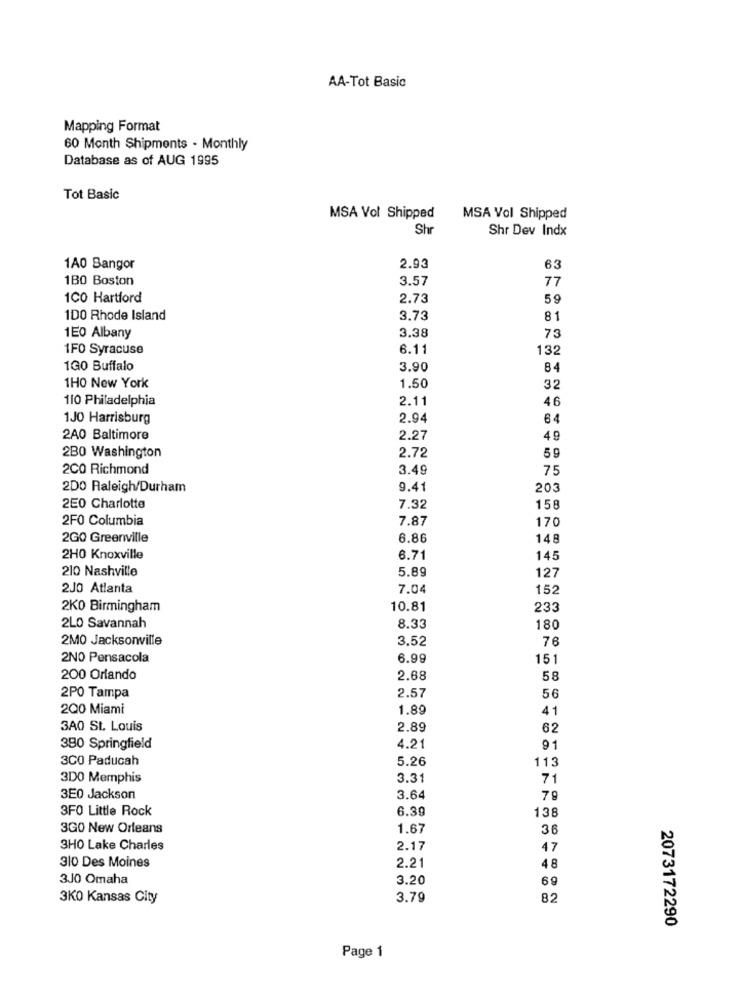
AA-Tot Basic
Mapping Format
60 Month Shipments - Monthly
Database as of AUG 1995
Tot Basic
MSA Vol Shipped
MSA Vol Shipped
Shr
Shr Dev Indx
1A0 Bangor
2.93
63
1BO Boston
3.57
77
1CO Hartford
2.73
59
100 Rhode Island
3.73
81
1E0 Albany
3.38
73
1F0 Syracuse
6.11
132
1GO Buffalo
3.90
84
1H0 New York
1.50
32
110 Philadelphia
2.11
46
1JO Harrisburg
2.94
64
2A0 Baltimore
2.27
49
2B0 Washington
2.72
59
2CO Richmond
3.49
75
2DO Raleigh/Durham
9.41
203
2E0 Charlotte
7.32
158
2F0 Columbia
7.87
170
2GO Greenville
6.86
148
2H0 Knoxville
6.71
145
210 Nashville
5.89
127
2J0 Atlanta
7.04
152
2KO Birmingham
10.81
233
2LO Savannah
8.33
180
2MO Jacksonville
3.52
76
2NO Pensacola
6.99
151
200 Orlando
2.68
58
56
2PO Tampa
2.57
200 Miami
1.89
41
3A0 St. Louis
2.89
62
390 Springfield
4.21
91
3CO Paducah
5.26
113
3D0 Memphis
3.31
71
3E0 Jackson
3.64
79
3FO Little Rock
6.39
138
3GO New Orleans
1.67
36
3H0 Lake Charles
2.17
47
310 Des Moines
2.21
48
3J0 Omaha
3.20
69
3KO Kansas City
3.79
82
2073172290
Page 1